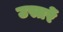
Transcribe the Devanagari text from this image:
उस्तरें